Scottish Certificate of Education, 1963
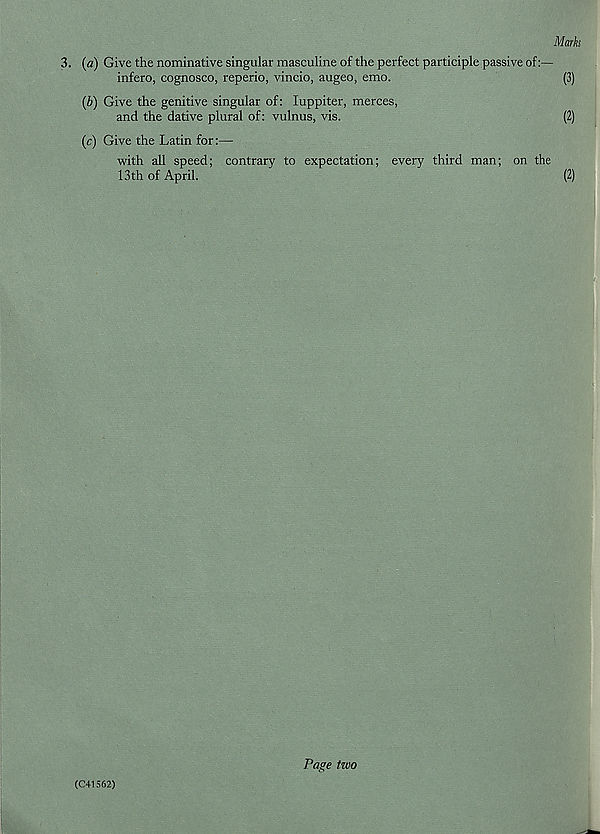
3. (a) Give the nominative singular masculine of the perfect participle passive of:—
infero, cognosco, reperio, vincio, augeo, emo.
(b) Give the genitive singular of: luppiter, merces,
and the dative plural of: vulnus, vis.
(c) Give the Latin for:—
with all speed; contrary to expectation; every third man; on the
13th of April.
(C41562)
Page tzoo